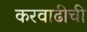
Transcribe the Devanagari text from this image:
करवाढीची